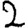
Digit: 2